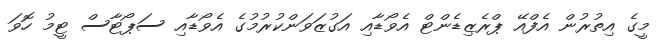
މީގެ އިތުރުން އެފްއޭ ޕްރެޒިޑެންޓް އެވޯޑާއި އަގުޒަވަންކުރުމުގެ އެވޯޑާއި ސަޕޯޓާސް ޓީމު ހޮވަ